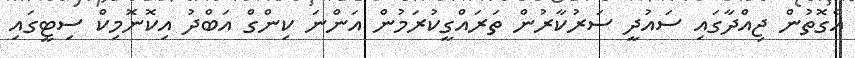
އެގޮތުން ޖިއްދާގައި ސައުދީ ސަރުކާރުން ތަރައްގީކުރަމުން އަންނަ ކިންގް އަބްދު އިކޮނޮމިކް ސިޓީގައި